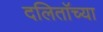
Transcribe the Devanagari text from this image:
दलिताॅच्या